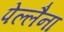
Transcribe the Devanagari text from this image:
पेल्लैना